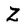
Character: Z